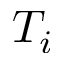
T _ { i }